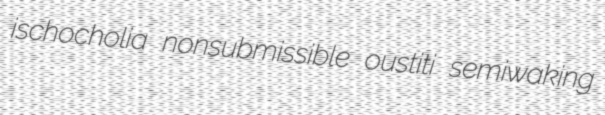
ischocholia nonsubmissible oustiti semiwaking